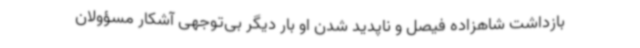
بازداشت شاهزاده فیصل و ناپدید شدن او بار دیگر بی‌توجهی آشکار مسؤولان